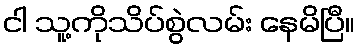
ငါ သူ့ကိုသိပ်စွဲလမ်း နေမိပြီ။